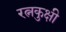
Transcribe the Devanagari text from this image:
रत्नकुक्षी